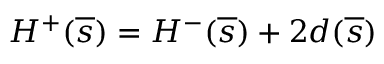
{ \cal H } ^ { + } ( \overline { { s } } ) = { \cal H } ^ { - } ( \overline { { s } } ) + 2 d ( \overline { { s } } )